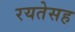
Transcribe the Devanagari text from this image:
रयतेसह